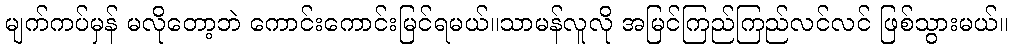
မျက်ကပ်မှန် မလိုတော့ဘဲ ကောင်းကောင်းမြင်ရမယ်။သာမန်လူလို အမြင်ကြည်ကြည်လင်လင် ဖြစ်သွားမယ်။